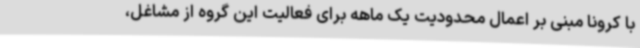
با کرونا مبنی بر اعمال محدودیت یک ماهه برای فعالیت این گروه از مشاغل،